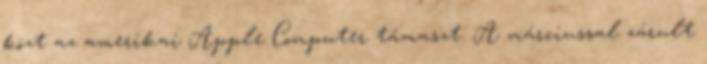
közt az amerikai Apple Computer támaszt. A márciussal zárult